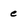
Character: e